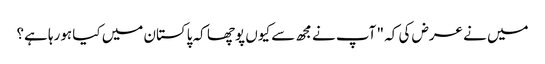
میں نے عرض کی کہ " آپ نے مجھ سے کیوں پوچھا کہ پاکستان میں کیا ہورہا ہے؟